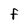
Character: f